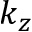
k _ { z }